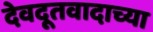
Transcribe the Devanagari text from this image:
देवदूतवादाच्या